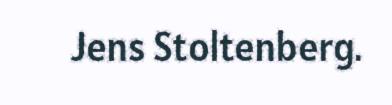
Jens Stoltenberg.